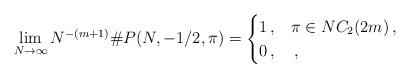
LaTeX: \begin{align*}\lim_{N\to\infty}N^{-(m+1)}\#P(N,-1/2,\pi)=\begin{cases}1\,,&\pi\in NC_2(2m)\,,\\0\,,&\,,\end{cases}\end{align*}